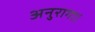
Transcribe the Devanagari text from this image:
अनुरागा।